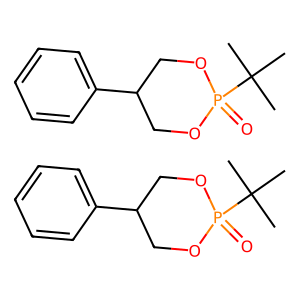
SMILES: CC(C)(C)P1(=O)OCC(c2ccccc2)CO1.CC(C)(C)P1(=O)OCC(c2ccccc2)CO1
Inhibits HIV replication: No